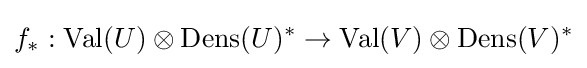
f_{*}:\operatorname {Val} (U)\otimes \operatorname {Dens} (U)^{*}\to \operatorname {Val} (V)\otimes \operatorname {Dens} (V)^{*}